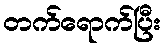
တက်ရောက်ပြီး